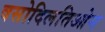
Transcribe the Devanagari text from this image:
वसोदिलतिओन